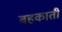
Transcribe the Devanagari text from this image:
बहकाती